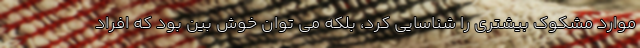
موارد مشکوک بیشتری را شناسایی کرد، بلکه می توان خوش بین بود که افراد